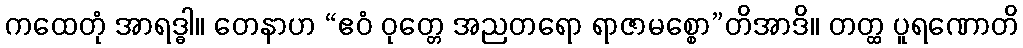
ကထေတုံ အာရဒ္ဓါ။ တေနာဟ “ဧဝံ ဝုတ္တေ အညတရော ရာဇာမစ္စော”တိအာဒိ။ တတ္ထ ပူရဏောတိ